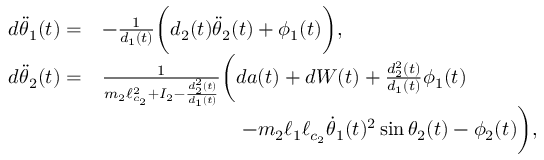
\begin{array} { r l } { d \ddot { \theta } _ { 1 } ( t ) = } & { - \frac { 1 } { d _ { 1 } ( t ) } \biggl ( d _ { 2 } ( t ) \ddot { \theta } _ { 2 } ( t ) + \phi _ { 1 } ( t ) \biggr ) , } \\ { d \ddot { \theta } _ { 2 } ( t ) = } & { \frac { 1 } { m _ { 2 } \ell _ { c _ { 2 } } ^ { 2 } + I _ { 2 } - \frac { d _ { 2 } ^ { 2 } ( t ) } { d _ { 1 } ( t ) } } \biggl ( d a ( t ) + d W ( t ) + \frac { d _ { 2 } ^ { 2 } ( t ) } { d _ { 1 } ( t ) } \phi _ { 1 } ( t ) } \\ & { \qquad \qquad \qquad \quad - m _ { 2 } \ell _ { 1 } \ell _ { c _ { 2 } } \dot { \theta } _ { 1 } ( t ) ^ { 2 } \sin \theta _ { 2 } ( t ) - \phi _ { 2 } ( t ) \biggr ) , } \end{array}